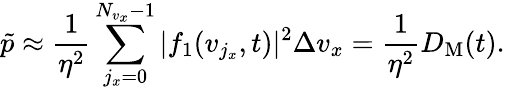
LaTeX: \tilde{p}\approx\frac{1}{\eta^{2}}\sum_{j_{x}=0}^{N_{v_{x}}-1}|f_{1}(v_{j_{x}},t)|^{2}\Delta v_{x}=\frac{1}{\eta^{2}}D_{\mathrm{M}}(t).